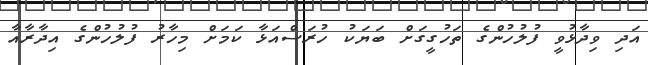
އަދި ވިދާޅުވީ ފުލުހުންގެ ތަހުގީގަށް ބަޔަކު ހުރަސްއަަޅާ ކަމަށް މިހާރު ފުލުހުންގެ އިދާރާއާ